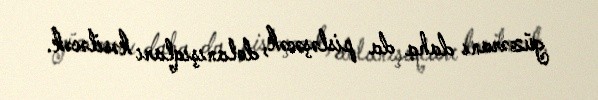
güzəranı daha da pisləşəcək, dolanışıqları kəsiləcək.